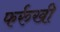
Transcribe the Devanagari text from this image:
फर्रुखी